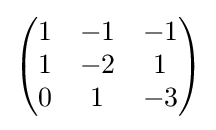
{\begin{pmatrix}1&-1&-1\\1&-2&1\\0&1&-3\end{pmatrix}}